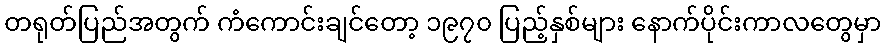
တရုတ်ပြည်အတွက် ကံကောင်းချင်တော့ ၁၉၇၀ ပြည့်နှစ်များ နောက်ပိုင်းကာလတွေမှာ